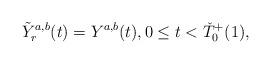
LaTeX: \begin{align*} \tilde{Y}_r^{a,b}(t) = Y^{a,b}(t), 0 \leq t < \check{T}_0^+(1),\end{align*}